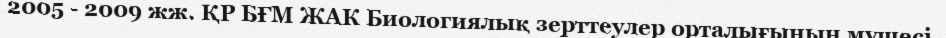
2005 - 2009 жж. ҚР БҒМ ЖАК Биологиялық зерттеулер орталығының мүшесі.